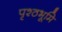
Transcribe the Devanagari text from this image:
पृश्ठभूमि